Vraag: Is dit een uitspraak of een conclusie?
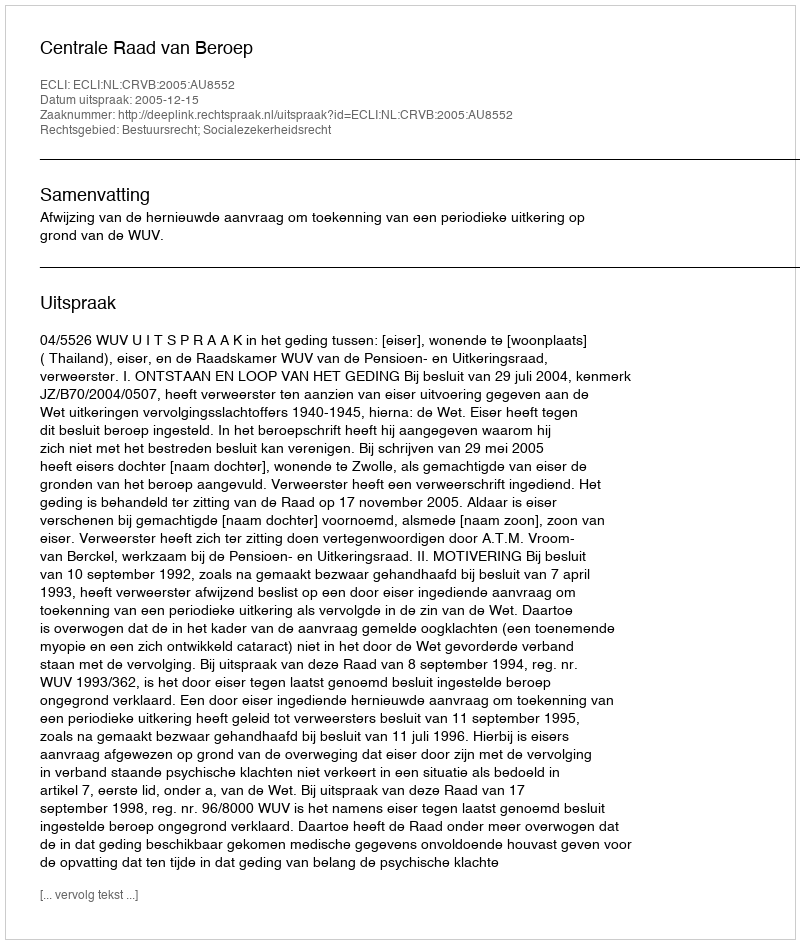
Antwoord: Uitspraak